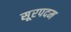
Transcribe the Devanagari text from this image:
सूरपदम